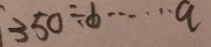
3 5 0 \div b \cdots a